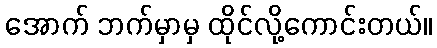
အောက် ဘက်မှာမှ ထိုင်လို့ကောင်းတယ်။